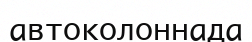
автоколоннада